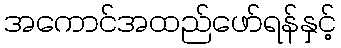
အကောင်အထည်ဖော်ရန်နှင့်